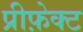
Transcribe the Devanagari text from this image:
प्रीफ़ेक्ट